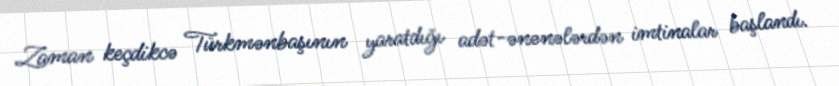
Zaman keçdikcə Türkmənbaşının yaratdığı adət-ənənələrdən imtinalar başlandı.